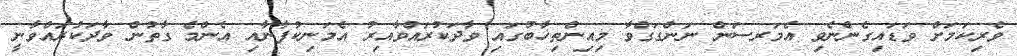
ވެރިކަމަށް ވަޑައިގެންނެވި އެމަރސަން ނަންގަގްވާ މިއިންތިޚާބުގައި ވާދަކުރައްވާއިރު އެމަނިކުފާނާއި އެންމެ ގާތުން ވާދަކުރައްވާނީ